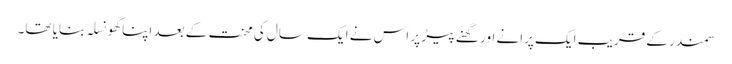
سمندر کے قریب ایک پرانے اور گھنے پیڑ پر اس نے ایک سال کی محنت کے بعد اپنا گھونسلہ بنایا تھا۔